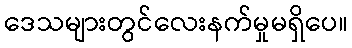
ဒေသများတွင်လေးနက်မှုမရှိပေ။